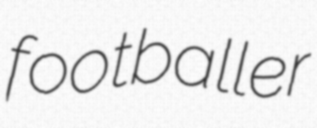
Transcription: footballer